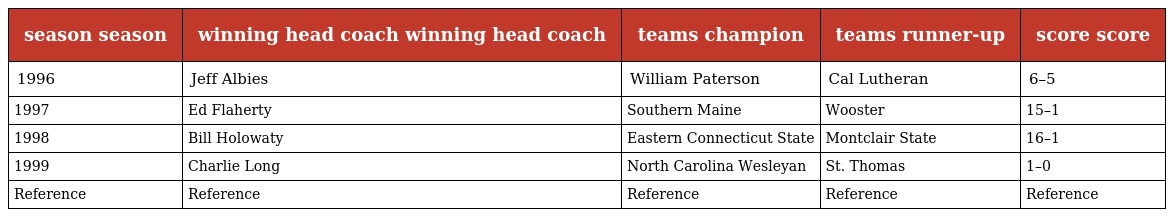
| season season | winning head coach winning head coach | teams champion | teams runner-up | score score |
 | --- | --- | --- | --- | --- |
 | 1996 | Jeff Albies | William Paterson | Cal Lutheran | 6–5 |
 | 1997 | Ed Flaherty | Southern Maine | Wooster | 15–1 |
 | 1998 | Bill Holowaty | Eastern Connecticut State | Montclair State | 16–1 |
 | 1999 | Charlie Long | North Carolina Wesleyan | St. Thomas | 1–0 |
 | Reference | Reference | Reference | Reference | Reference |